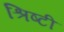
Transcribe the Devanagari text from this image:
श्रिष्टी